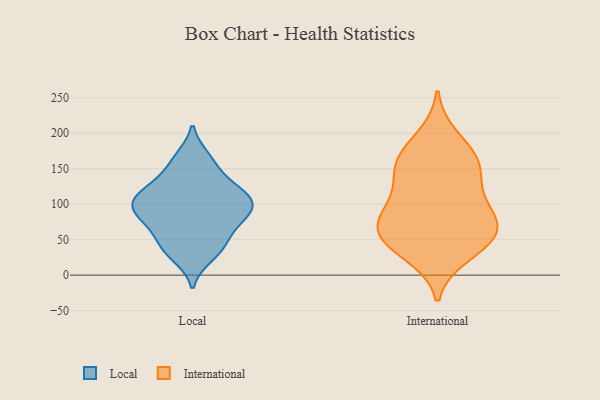
{"axis": {"x": "Temperature (°C)", "y": "Value"}, "legend": ["International", "Local"], "data": [{"x": "", "y": 126, "type": "Local"}, {"x": "", "y": 64, "type": "Local"}, {"x": "", "y": 33, "type": "Local"}, {"x": "", "y": 112, "type": "Local"}, {"x": "", "y": 89, "type": "Local"}, {"x": "", "y": 117, "type": "Local"}, {"x": "", "y": 142, "type": "Local"}, {"x": "", "y": 50, "type": "Local"}, {"x": "", "y": 110, "type": "Local"}, {"x": "", "y": 71, "type": "Local"}, {"x": "", "y": 113, "type": "Local"}, {"x": "", "y": 162, "type": "Local"}, {"x": "", "y": 96, "type": "Local"}, {"x": "", "y": 26, "type": "Local"}, {"x": "", "y": 89, "type": "Local"}, {"x": "", "y": 86, "type": "Local"}, {"x": "", "y": 41, "type": "Local"}, {"x": "", "y": 93, "type": "Local"}, {"x": "", "y": 166, "type": "Local"}, {"x": "", "y": 58, "type": "International"}, {"x": "", "y": 91, "type": "International"}, {"x": "", "y": 147, "type": "International"}, {"x": "", "y": 48, "type": "International"}, {"x": "", "y": 95, "type": "International"}, {"x": "", "y": 123, "type": "International"}, {"x": "", "y": 80, "type": "International"}, {"x": "", "y": 63, "type": "International"}, {"x": "", "y": 41, "type": "International"}, {"x": "", "y": 68, "type": "International"}, {"x": "", "y": 155, "type": "International"}, {"x": "", "y": 156, "type": "International"}, {"x": "", "y": 194, "type": "International"}, {"x": "", "y": 170, "type": "International"}, {"x": "", "y": 29, "type": "International"}]}